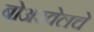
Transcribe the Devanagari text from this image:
बोअरवेलचे